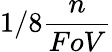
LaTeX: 1/8\frac{n}{FoV}